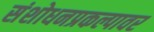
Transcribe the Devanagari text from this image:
संशोधनप्रकल्पावर